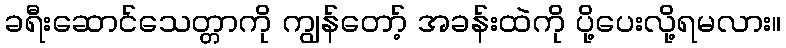
ခရီးဆောင်သေတ္တာကို ကျွန်တော့် အခန်းထဲကို ပို့ပေးလို့ရမလား။